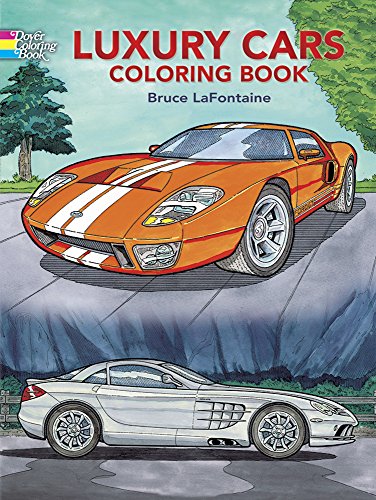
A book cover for Luxury Cars Coloring Book (Dover History Coloring Book); Bruce LaFontaine; Engineering & Transportation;